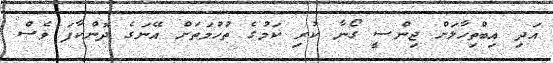
އަދި އިބްތިހާލަށް ޖިންސީ ގޯނާ ކުރި ކަމުގެ ތުހުމަތަށް އޭނަގެ ދޮންކާފަ ވެސް